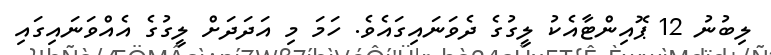
ލިބުނު 12 ޕޮއިންޓާއެކު ލީގުގެ ދެވަނައިގައެވެ. ހަމަ މި އަދަދަށް ލީގުގެ އެއްވަނައިގައި